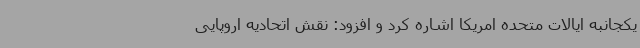
یکجانبه ایالات متحده امریکا اشاره کرد و افزود: نقش اتحادیه اروپایی